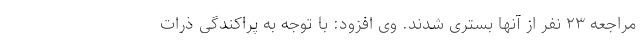
مراجعه ۲۳ نفر از آنها بستری شدند. وی افزود: با توجه به پراکندگی ذرات